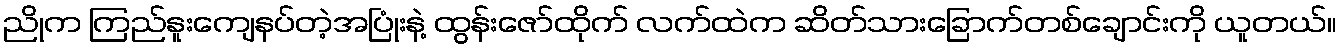
ညိုက ကြည်နူးကျေနပ်တဲ့အပြုံးနဲ့ ထွန်းဇော်ထိုက် လက်ထဲက ဆိတ်သားခြောက်တစ်ချောင်းကို ယူတယ်။